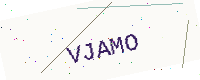
Text: VJAMO